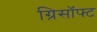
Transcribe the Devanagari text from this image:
ग्रिसॉफ्‍ट